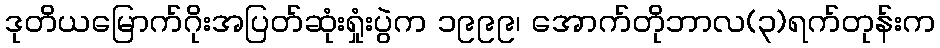
ဒုတိယမြောက်ဂိုးအပြတ်ဆုံးရှုံးပွဲက ၁၉၉၉၊ အောက်တိုဘာလ(၃)ရက်တုန်းက